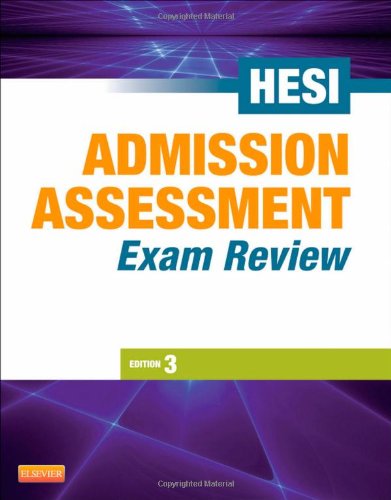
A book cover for Admission Assessment Exam Review, 3e; HESI; Test Preparation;